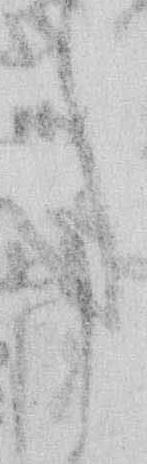
事